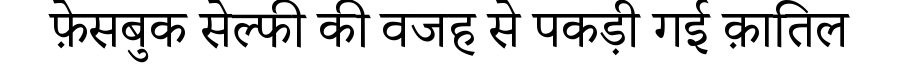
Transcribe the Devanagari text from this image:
फ़ेसबुक सेल्फी की वजह से पकड़ी गई क़ातिल